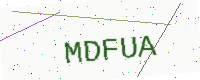
Text: MDFUA